Madras plague regulations in force outside the Presidency town - Volume 3
Disease focus: Plague
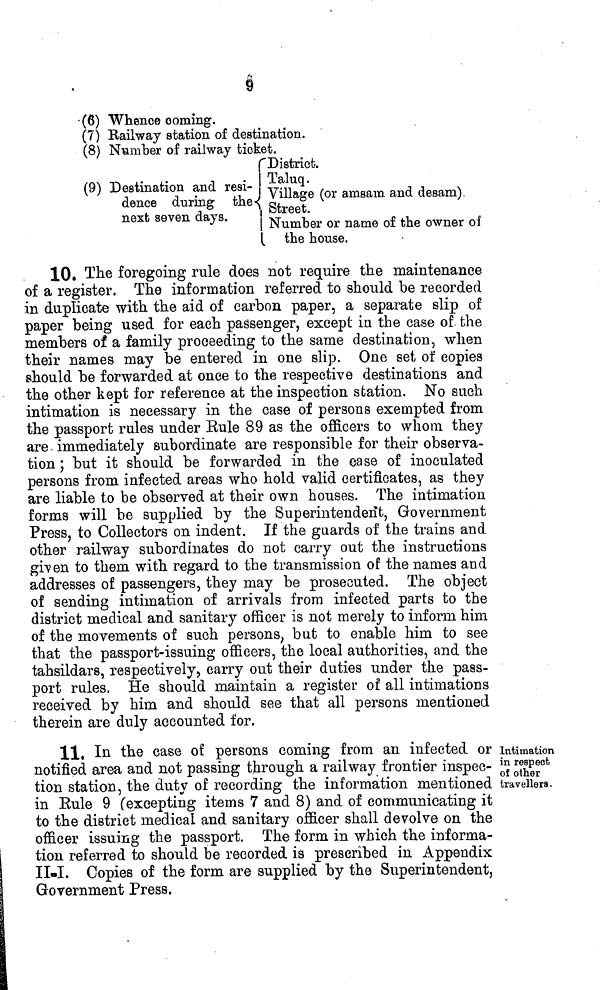
§
(6) Whence coming.
(7) Railway station of destination.
(8) Number of railway ticket.
(9) Destination and resi-
dence during the{
next seven days.
District.
Taluq .
Village (or amsam and desam).
Street.
Number or name of the owner of
the house.
10, The foregoing rule does not require the maintenance
of a register. The information referred to should be recorded
in duplicate with the aid of carbon paper, a separate slip of
paper being used for each passenger, except in the case of the
members of a family proceeding to the same destination, when
their names may be entered in one slip. One set of copies
should be forwarded at once to the respective destinations and
the other kept for reference at the inspection station. No such
intimation is necessary in the case of persons exempted from
the passport rules under Eule 89 as the officers to whom they
are immediately subordinate are responsible for their observa-
tion ; but it should be forwarded in the case of inoculated
persons from infected areas who hold valid certificates, as they
are liable to be observed at their own houses. The intimation
forms will be supplied by the Superintendent, Government
Press, to Collectors on indent. If the guards of the trains and
other railway subordinates do not carry out the instructions
given to them with regard to the transmission of the names and
addresses of passengers, they may be prosecuted. The object
of sending intimation of arrivals from infected parts to the
district medical and sanitary officer is not merely to inform him
of the movements of such persons, but to enable him to see
that the passport-issuing officers, the local authorities, and the
tahsildars, respectively, carry out their duties under the pass-
port rules. He should maintain a register of all intimations
received by him and should see that all persons mentioned
therein are duly accounted for.
Intimation
in respect
of other
travellers.
11, In the case of persons coming from an infected or
notified area and not passing through a railway frontier inspec-
tion station, the duty of recording the information mentioned
in Eule 9 (excepting items 7 and 8) and of communicating it
to the district medical and sanitary officer shall devolve on the
officer issuing the passport. The form in which the informa-
tion referred to should be recorded is prescribed in Appendix
II-I.
Copies of the form are supplied by the Superintendent,
Government Press.